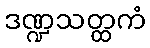
ဒဏ္ဍသတ္ထကံ